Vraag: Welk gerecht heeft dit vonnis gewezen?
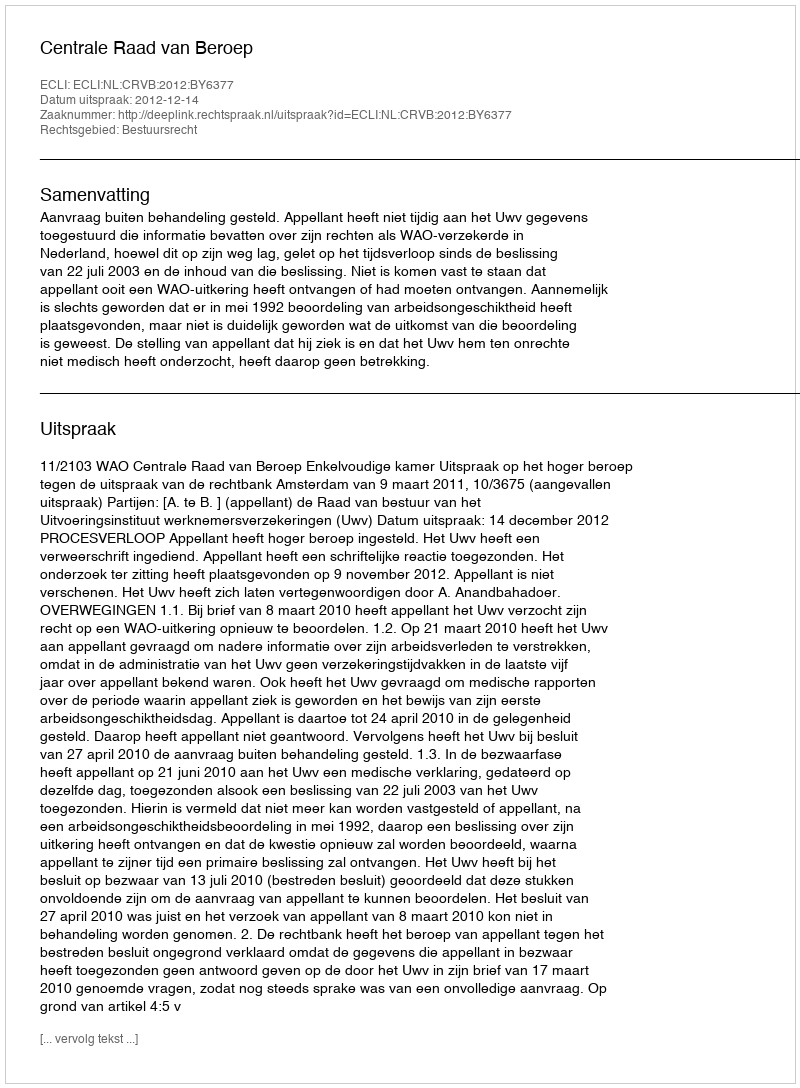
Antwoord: Centrale Raad van Beroep